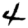
Digit: 4